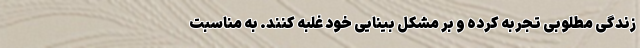
زندگی مطلوبی تجربه کرده و بر مشکل بینایی خود غلبه کنند. به مناسبت